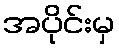
အပိုင်းမှ